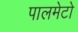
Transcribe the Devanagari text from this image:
पालमेटो